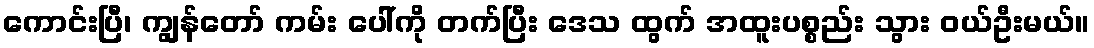
ကောင်းပြီ၊ ကျွန်တော် ကမ်း ပေါ်ကို တက်ပြီး ဒေသ ထွက် အထူးပစ္စည်း သွား ဝယ်ဦးမယ်။